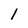
Character: 1